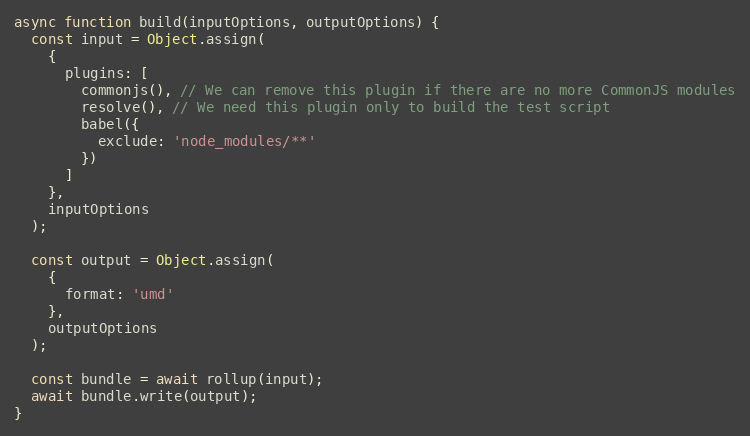
Language: JavaScript
async function build(inputOptions, outputOptions) {
  const input = Object.assign(
    {
      plugins: [
        commonjs(), // We can remove this plugin if there are no more CommonJS modules
        resolve(), // We need this plugin only to build the test script
        babel({
          exclude: 'node_modules/**'
        })
      ]
    },
    inputOptions
  );

  const output = Object.assign(
    {
      format: 'umd'
    },
    outputOptions
  );

  const bundle = await rollup(input);
  await bundle.write(output);
}